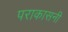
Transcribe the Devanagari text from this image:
पराकासनी